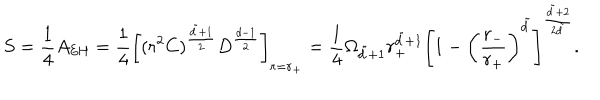
LaTeX: S = \frac { 1 } { 4 } A _ { \mathrm { E H } } = \frac { 1 } { 4 } \left[ ( r ^ { 2 } C ) ^ { \frac { \tilde { d } + 1 } { 2 } } D ^ { \frac { d - 1 } { 2 } } \right] _ { r = r _ { + } } = \frac { 1 } { 4 } \Omega _ { \tilde { d } + 1 } r _ { + } ^ { \tilde { d } + 1 } \left[ 1 - \left( \frac { r _ { - } } { r _ { + } } \right) ^ { \tilde { d } } \right] ^ { \frac { \tilde { d } + 2 } { 2 \tilde { d } } } .